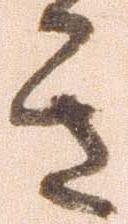
き